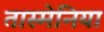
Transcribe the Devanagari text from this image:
तास्मेनिया